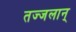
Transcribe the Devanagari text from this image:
तज्जलान्